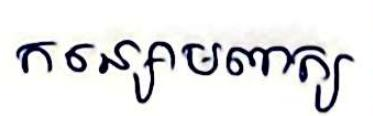
កន្សោមពាក្យ